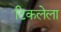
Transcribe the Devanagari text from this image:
टिकलेला